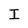
Character: I